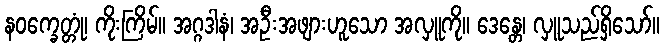
နဝက္ခေတ္တုံ၊ ကိုးကြိမ်။ အဂ္ဂဒါနံ၊ အဦးအဖျားဟူသော အလှူကို။ ဒေန္တေ၊ လှူသည်ရှိသော်။